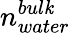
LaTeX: n_{water}^{bul\mathit{k}}